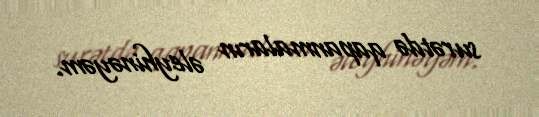
surətdə qapanmaların əleyhinəyəm.